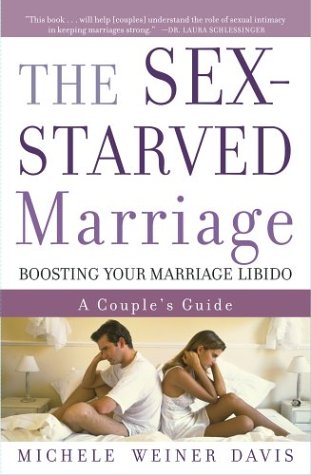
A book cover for The Sex-Starved Marriage: Boosting Your Marriage Libido: A Couple's Guide; Michele Weiner Davis; Parenting & Relationships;